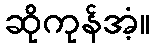
ဆိုကုန်အံ့။